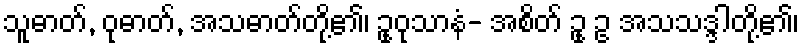
သူဓာတ်, ဝုဓာတ်, အသဓာတ်တို့၏၊ ဥုဝုသာနံ- အစိတ် ဥု ဥ အသသဒ္ဒါတို့၏၊